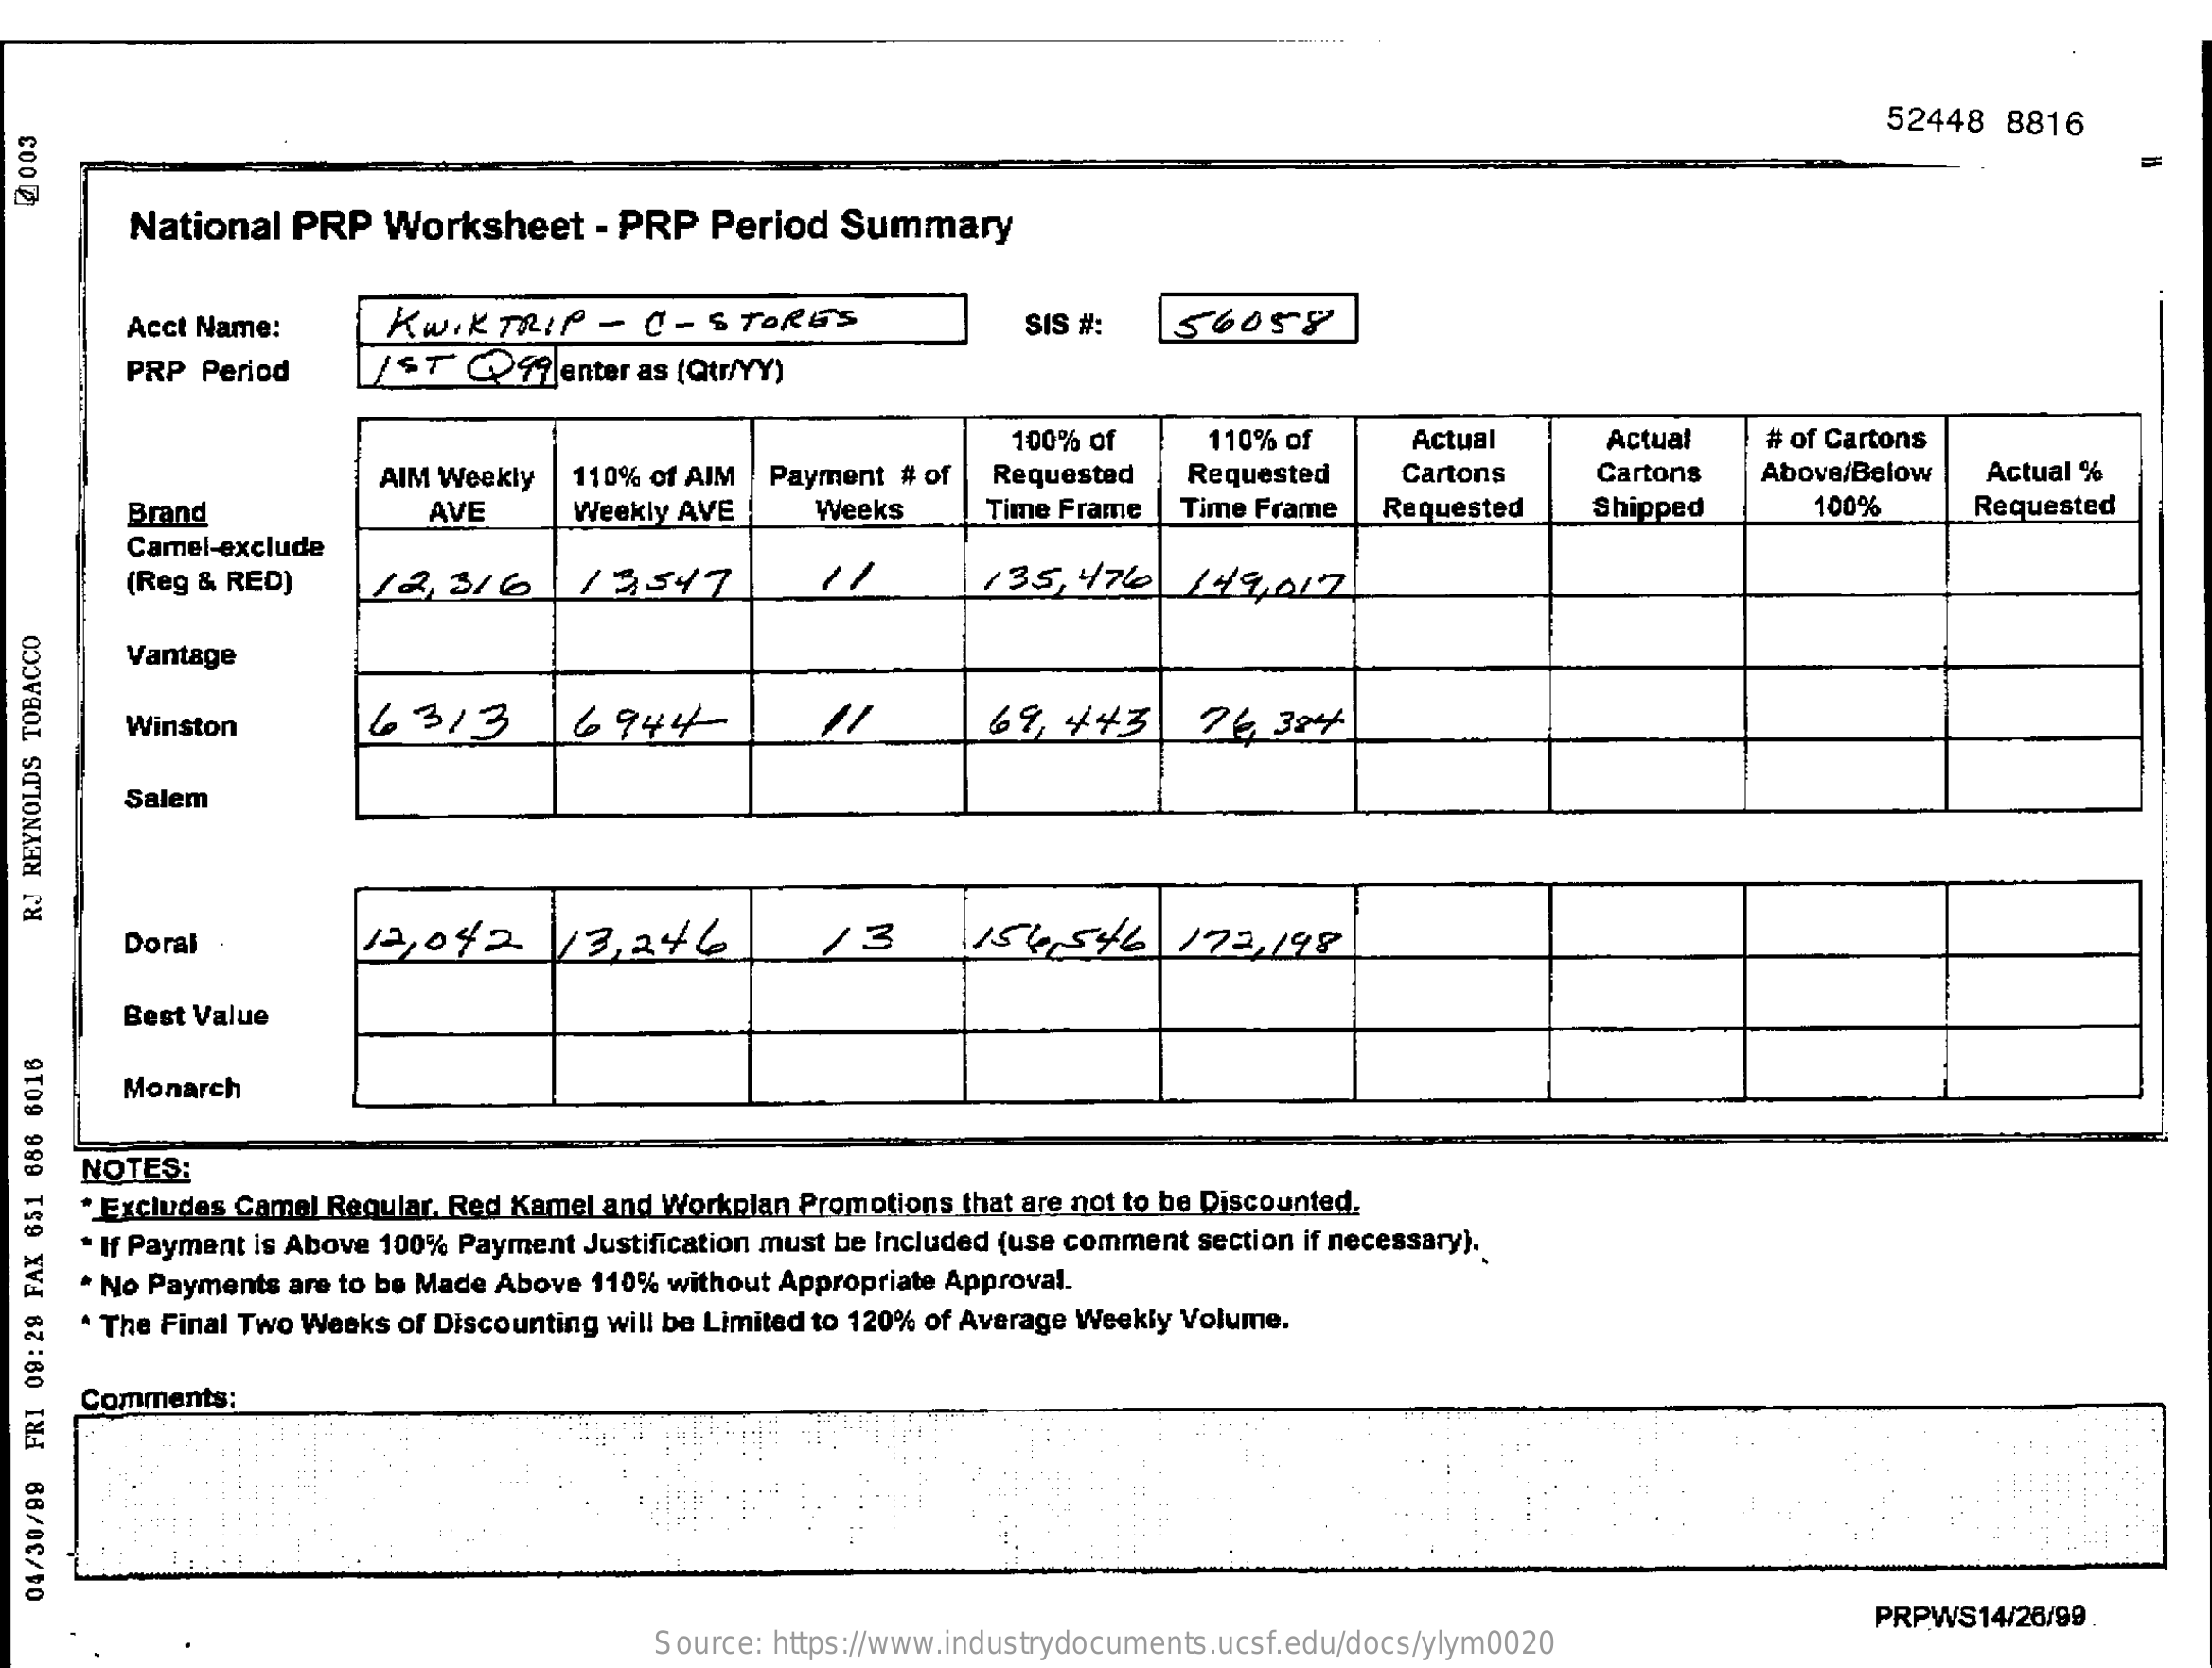
52448  8816
  cool
     National  PRP  Worksheet    - PRP  Period  Summary
     Acct Name:    KWIKTRIP    -  C - STORES    SIS #:   56058
     PRP Period    /ST  @99   enter as (Qtr/YY)
     100% of    110% of    Actual    Actual    # of Cartons
     AIM Weekly  110% of AIM Payment # of  Requested   Requested    Cartons    Cartons   Above/Below  Actual %
     Brand    AVE    Weekly AVE    Weeks    Time Frame  Time Frame   Requested   Shipped    100%    Requested
     Camel-exclude
     (Reg & RED)    12,316    13547    1/    135,  4176|149,   012
     Vantage
     Winston    63/3    6944    69,  443
     Salem
  RJ
  REYNOLDS
  TOBACCO
     Doral    12,042    |3,246    13    15  4,546    172,198
     Best Value
     Monarch
     NOTES:
     " Excludes Camel Regular, Red Kamel and Workplan Promotions that are not to be Discounted.
     * If Payment is Above 100% Payment Justification must be Included {use comment section if necessary).
     * No Payments are to be Made Above 110% without Appropriate Approval.
     * The Final Two Weeks of Discounting will be Limited to 120% of Average Weekly Volume.
     Comments:
     PRPWS14/26/99.
  04/30/99
  FRI
  09:29
  FAX
  651
  686
  6016
     Source: https://www.industrydocuments.ucsf.edu/docs/ylym0020